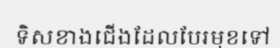
ទិសខាងជើងដែលបែរមុខទៅ